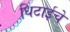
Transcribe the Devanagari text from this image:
धिटाईचे